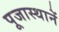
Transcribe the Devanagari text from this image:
पूजास्थानें